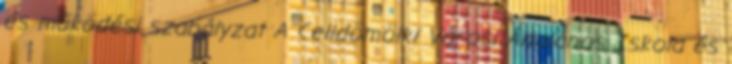
és működési szabályzat A Celldömölki Városi Általános Iskola és